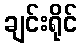
ချင်းရိုင်